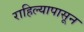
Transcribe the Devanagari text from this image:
राहिल्यापासून